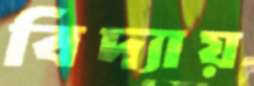
বিদ্যায়